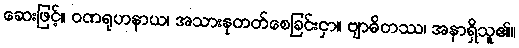
ဆေးဖြင့်။ ဝဏရုဟနာယ၊ အသားနုတတ်စေခြင်းငှာ။ ဗျာဓိတဿ၊ အနာရှိသူ၏။